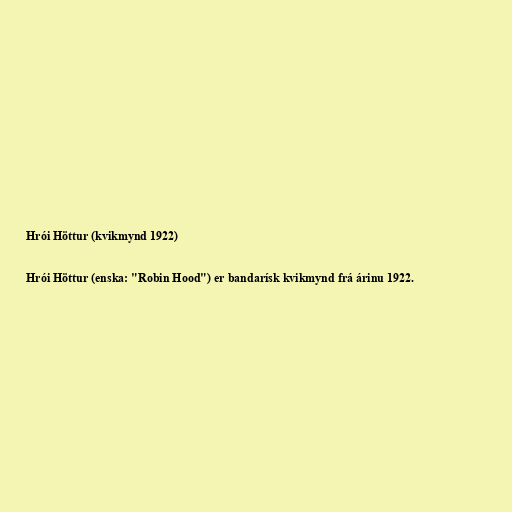
Hrói Höttur (kvikmynd 1922)

Hrói Höttur (enska: "Robin Hood") er bandarísk kvikmynd frá árinu 1922.